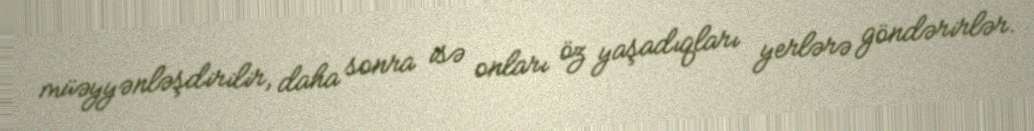
müəyyənləşdirilir, daha sonra isə onları öz yaşadıqları yerlərə göndərirlər.